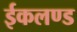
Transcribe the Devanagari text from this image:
ईकलण्ड